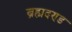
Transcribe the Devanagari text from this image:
ब्रह्मदण्ड